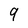
Character: 9